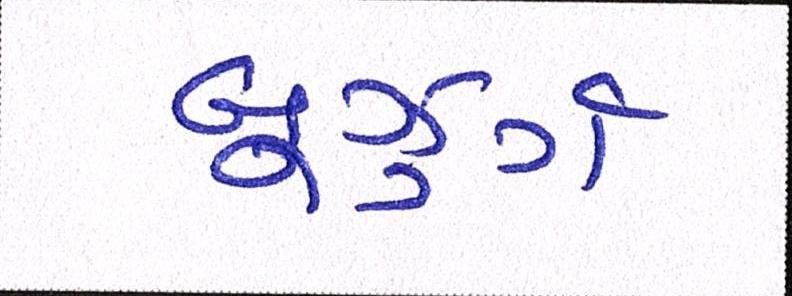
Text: બુઝુર્ગ